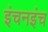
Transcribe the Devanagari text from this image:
इंचनइंच